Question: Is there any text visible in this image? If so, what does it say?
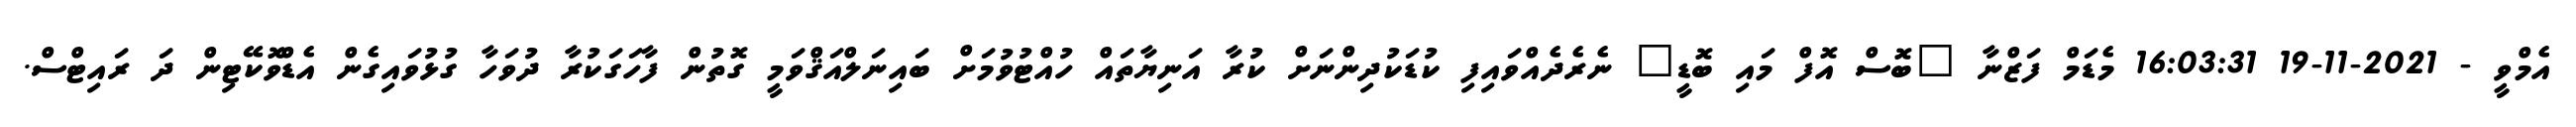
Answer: އެމްވީ - 2021-11-19 16:03:31 މެޑަމް ފަޒްނާ "ބޮސް އޮފް މައި ބޮޑީ" ނެރެދެއްވައިފި ކުޑަކުދިންނަށް ކުރާ އަނިޔާތައް ހުއްޓުވުމަށް ބައިނަލްއަޤްވަމީ ގޮތުން ފާހަގަކުރާ ދުވަހާ ގުޅުވައިގެން އެޑްވޮކޭޓިން ދަ ރައިޓްސް.